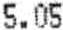
5.05